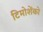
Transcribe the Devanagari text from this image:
टिमोशेंको